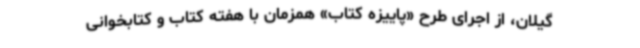
گیلان، از اجرای طرح «پاییزه کتاب» همزمان با هفته کتاب و کتابخوانی